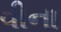
વીના